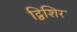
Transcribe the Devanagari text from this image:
द्विशिर